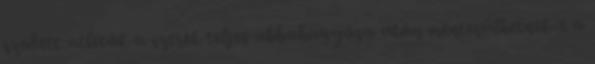
szedett atléták a szerek teljes abbahagyása után mentesülhetnek-e a